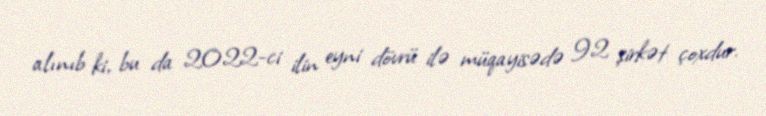
alınıb ki, bu da 2022-ci ilin eyni dövrü ilə müqayisədə 92 şirkət çoxdur.